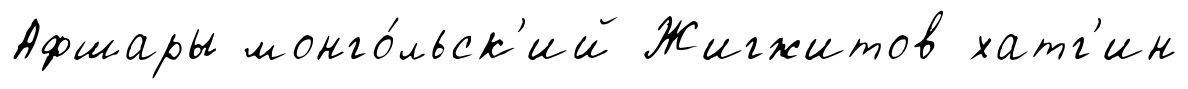
Афшары монго́льск'ий Жигжитов хатг'ин